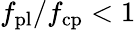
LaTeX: f_{\mathrm{pl}}/f_{\mathrm{cp}}<1